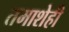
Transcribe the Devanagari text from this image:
तमाशेही